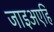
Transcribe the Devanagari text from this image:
जाइअएहिँ